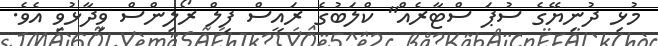
މުޅި ދުނިޔޭގެ ސުޕަ ސްޓާރެއް" ކްލަބުގެ ރައީސް ފިލް ރޯލިންސް ވިދާޅުވި އެވެ.